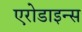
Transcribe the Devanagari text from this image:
एरोडाइन्स